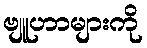
ဗျူဟာများကို